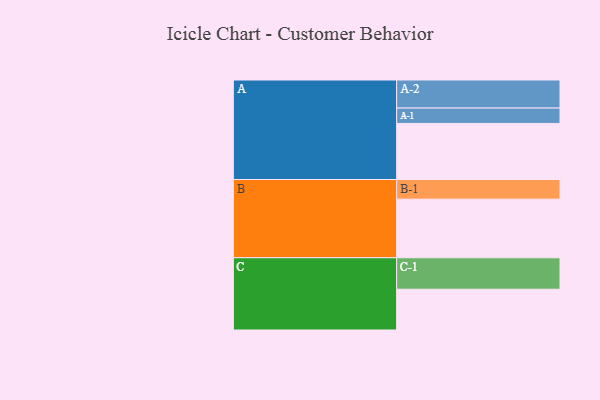
{"axis": {"x": "Segment", "y": "Value"}, "legend": ["", "A", "B", "C"], "data": [{"x": "A", "y": 506, "type": ""}, {"x": "B", "y": 529, "type": ""}, {"x": "C", "y": 368, "type": ""}, {"x": "A-1", "y": 139, "type": "A"}, {"x": "A-2", "y": 253, "type": "A"}, {"x": "B-1", "y": 177, "type": "B"}, {"x": "C-1", "y": 284, "type": "C"}]}